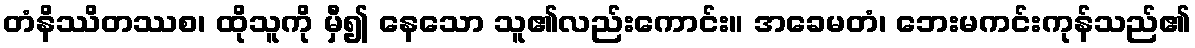
တံနိဿိတဿစ၊ ထိုသူကို မှီ၍ နေသော သူ၏လည်းကောင်း။ အခေမတံ၊ ဘေးမကင်းကုန်သည်၏